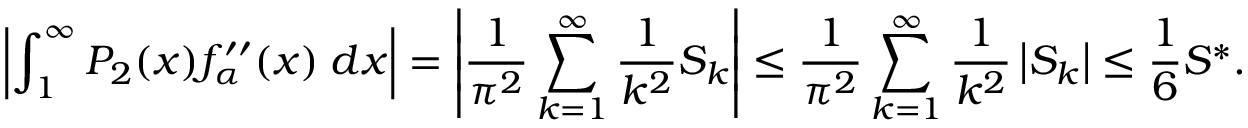
\left| \int _ { 1 } ^ { \infty } P _ { 2 } ( x ) f _ { \alpha } ^ { \prime \prime } ( x ) \; d x \right| = \left| \frac { 1 } { \pi ^ { 2 } } \sum _ { k = 1 } ^ { \infty } \frac { 1 } { k ^ { 2 } } S _ { k } \right| \le \frac { 1 } { \pi ^ { 2 } } \sum _ { k = 1 } ^ { \infty } \frac { 1 } { k ^ { 2 } } \left| S _ { k } \right| \leq \frac { 1 } { 6 } S ^ { * } .